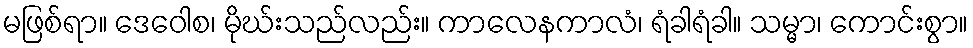
မဖြစ်ရာ။ ဒေဝေါစ၊ မိုဃ်းသည်လည်း။ ကာလေနကာလံ၊ ရံခါရံခါ။ သမ္မာ၊ ကောင်းစွာ။